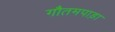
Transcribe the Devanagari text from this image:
गौतमपाड़ा